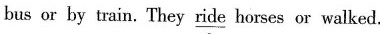
bus or by train. They \underline{ride} horses or walked